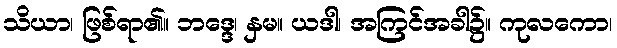
သိယာ၊ ဖြစ်ရာ၏။ ဘဒ္ဒေ၊ နှမ။ ယဒါ၊ အကြင်အခါ၌။ ကုလကော၊